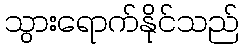
သွားရောက်နိုင်သည်